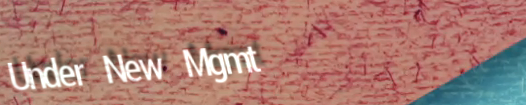
Under New Mgmt